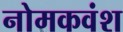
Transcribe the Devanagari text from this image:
नोमकवंश